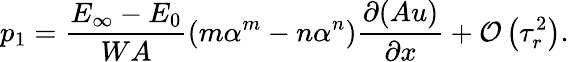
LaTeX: p_{1}=\frac{E_{\infty}-E_{0}}{WA}\left(m\alpha^{m}-n\alpha^{n}\right)\frac{\partial(Au)}{\partial x}+\mathcal{O}\left(\tau_{r}^{2}\right).